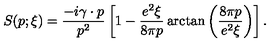
S ( p ; \xi ) = \frac { - i \gamma \cdot p } { p ^ { 2 } } \left[ 1 - \frac { e ^ { 2 } \xi } { 8 \pi p } \arctan \left( \frac { 8 \pi p } { e ^ { 2 } \xi } \right) \right] .